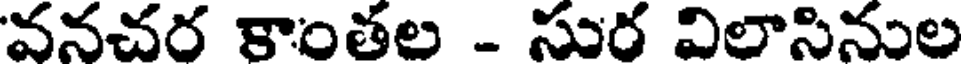
వనచర కాంతల - సుర విలాసినుల